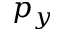
p _ { y }